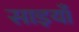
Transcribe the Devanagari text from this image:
साइयाँ